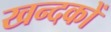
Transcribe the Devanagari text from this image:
खन्दकों